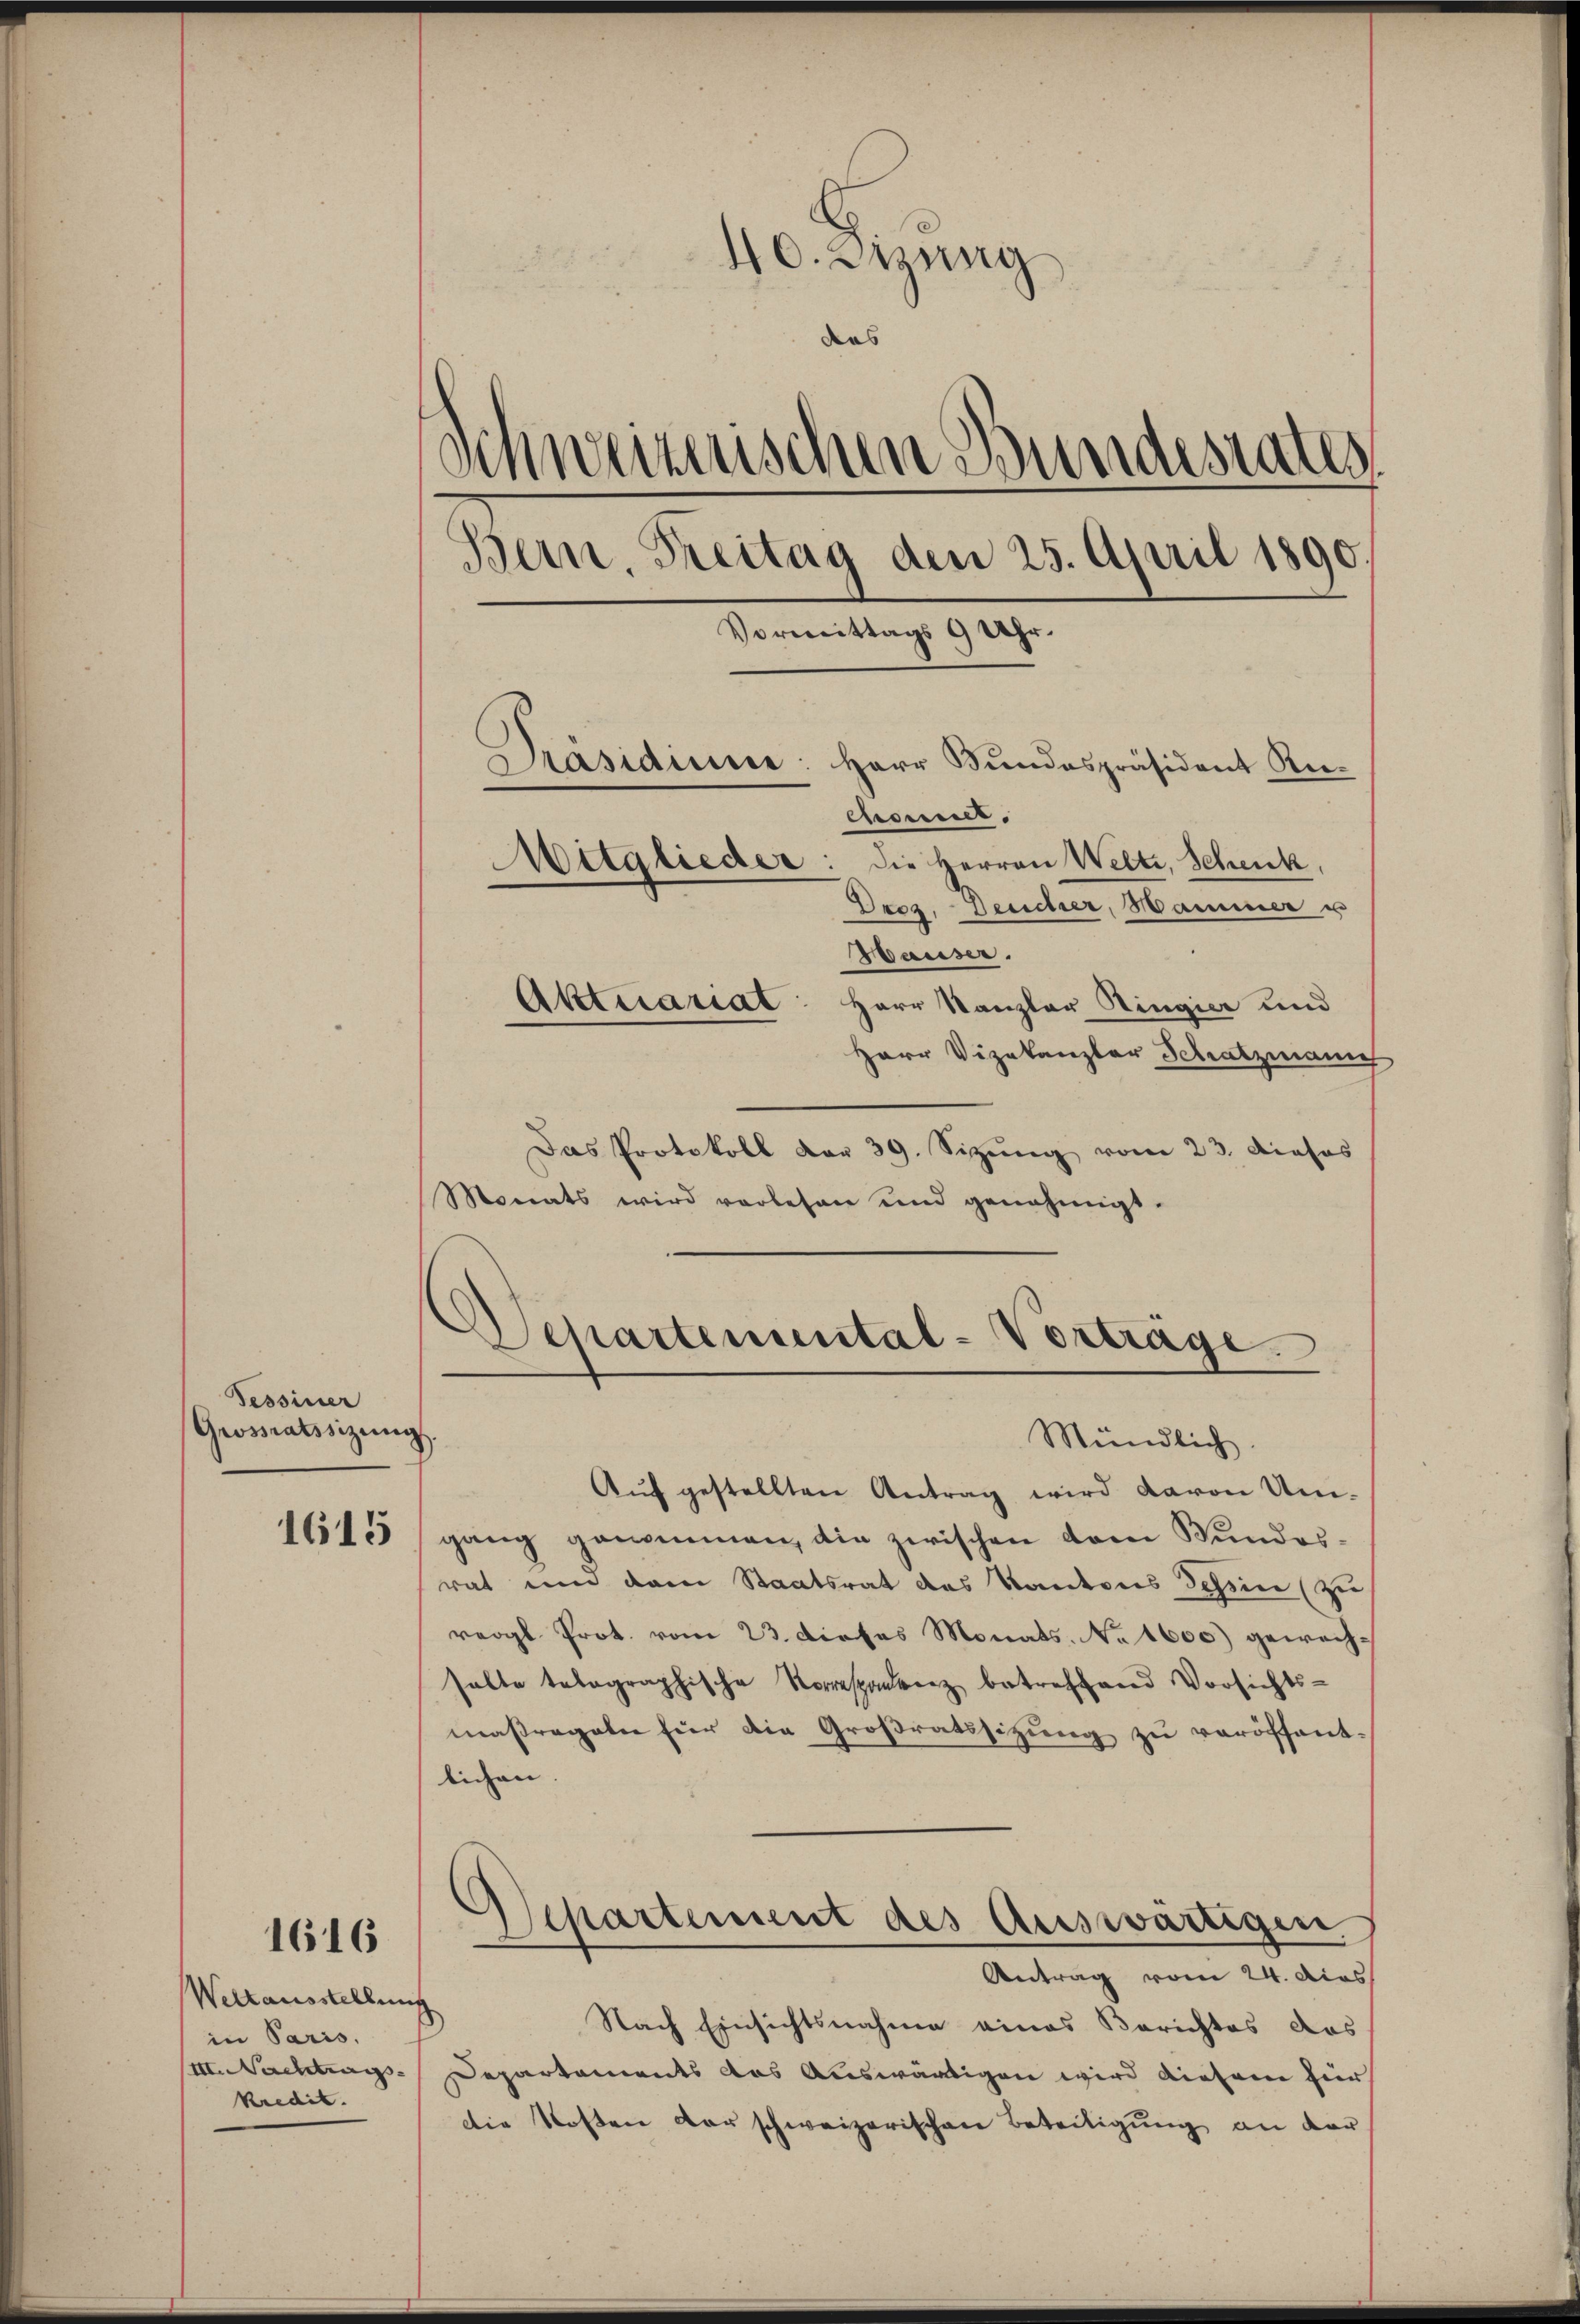
Tessiner
Grossratssitzŭng.

1615

1616

Weltausstellun
in Paris.
III. Nachtrags
kredit.

40. Sitzung
das
Schweizerischen Bundesrates
Bern, Treitag den 25. April 1890.
Vormittags 9 Uhr.
Präsidiune: Herr Bundespräsident Rechonner.
Mitglieder: die Herren Welti, Schenk,
Drez. Deucher, Hammer u
Hauser.
Aktuariat: Herr Kanzler Ringier und
Herr Vizekanzler Schatzmann

Das Protokoll dar 39. Sizŭng vom 23. Dieses
Monats wird vorlesen und genehmigt.

Departemental-Vorträge.
Mündlich

Aŭf gestellten Antrag wird davon Um-
gang genommen, die zwischen dem Bundesrat um dem Staatsrat des Kantons Tessin (zu
reogl Prot. vom 23. dieses Monats No 1600) gewech-
salte telegraphische Korrespodenz betreffend Vorsichts-
maßregeln für die Großratssitzung zu veröffentlichen.
Separtement des Auswärtigen
Antrag vom 24. dies
¬
Nach Einsichtsnahme eines Berichtes das
Departements das Auswärtigen wird diesem für
Die Kosten der schweizerischen Beteiligung an der